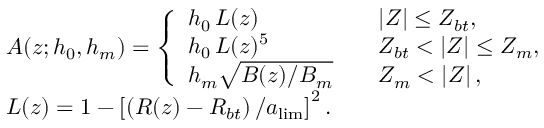
\begin{array} { r l } & { A ( z ; h _ { 0 } , h _ { m } ) = \left\{ \begin{array} { l l } { h _ { 0 } \, L ( z ) \quad } & { \left| Z \right| \leq Z _ { b t } , } \\ { h _ { 0 } \, L ( z ) ^ { 5 } \quad } & { Z _ { b t } < \left| Z \right| \leq Z _ { m } , } \\ { h _ { m } \sqrt { B ( z ) / B _ { m } } \quad } & { Z _ { m } < \left| Z \right| , } \end{array} \right. } \\ & { L ( z ) = 1 - \left[ \left( R ( z ) - R _ { b t } \right) / a _ { \mathrm { l i m } } \right] ^ { 2 } . } \end{array}